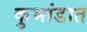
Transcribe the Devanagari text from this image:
कुभांडात